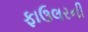
ફાઉલરની